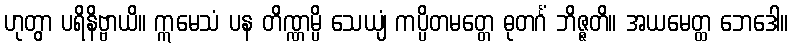
ဟုတွာ ပရိနိဗ္ဗာယိ။ ဣမေသံ ပန တိဏ္ဏမ္ပိ သေယျံ ကပ္ပိတမတ္တေ ဓုတင်္ဂံ ဘိဇ္ဇတိ။ အယမေတ္ထ ဘေဒေါ။